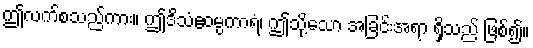
ဤလက်စသည်ကား။ ဤဒိသံဧဝမ္ပကာရံ၊ ဤသို့သော အခြင်းအရာ ရှိသည် ဖြစ်၍။